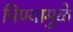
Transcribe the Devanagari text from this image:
पिण्यामुळे